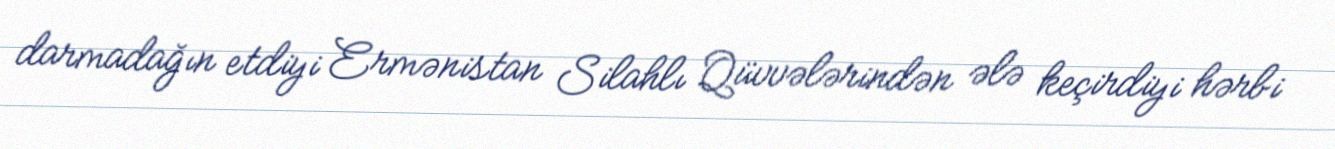
darmadağın etdiyi Ermənistan Silahlı Qüvvələrindən ələ keçirdiyi hərbi